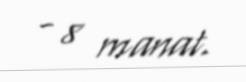
- 8 manat.